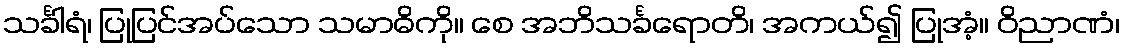
သင်္ခါရံ၊ ပြုပြင်အပ်သော သမာဓိကို။ စေ အဘိသင်္ခရောတိ၊ အကယ်၍ ပြုအံ့။ ဝိညာဏံ၊